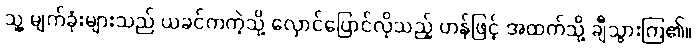
သူ့ မျက်ခုံးများသည် ယခင်ကကဲ့သို့ လှောင်ပြောင်လိုသည့် ဟန်ဖြင့် အထက်သို့ ချီသွားကြ၏။